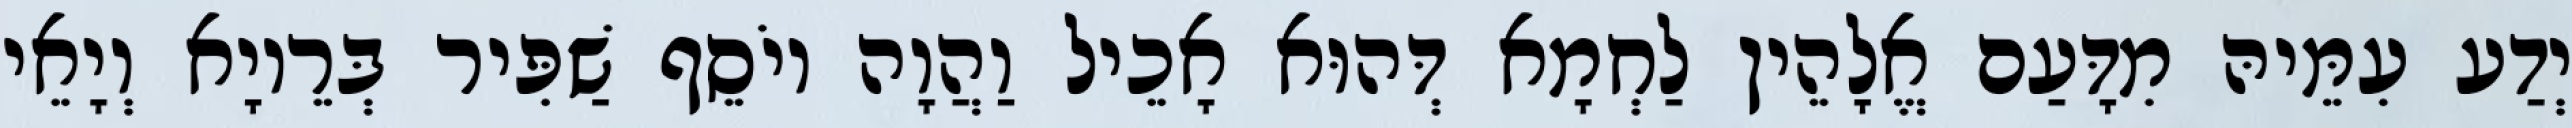
יְדַע עִמֵּיהּ מִדָּעַם אֱלָהֵין לַחְמָא דְּהוּא אָכֵיל וַהֲוָה יוֹסֵף שַׁפִּיר בְּרֵיוָא וְיָאֵי